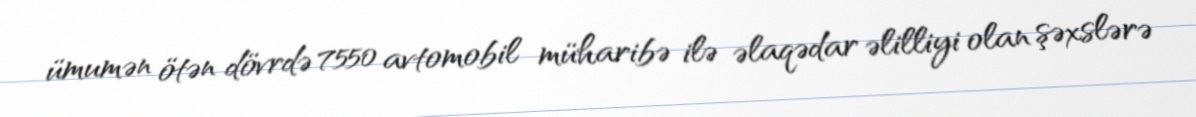
ümumən ötən dövrdə 7550 avtomobil müharibə ilə əlaqədar əlilliyi olan şəxslərə